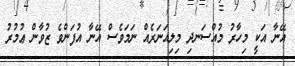
އޭނާ އަކީ މިހާރު މުއްސަނދި މިލިއަނަރެއް ނަމަވެސް އޭނާ އުފަންވެ ޒުވާން ޢުމުރު